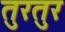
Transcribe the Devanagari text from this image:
तुरतुर